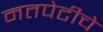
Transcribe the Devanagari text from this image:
मतपेटीचे